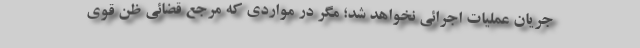
جریان عملیات اجرائی نخواهد شد؛ مگر در مواردی که مرجع قضائی ظن قوی